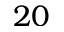
2 0